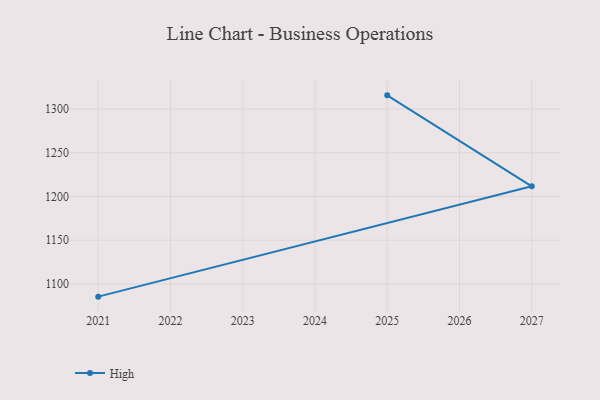
{"axis": {"x": "Year", "y": "Energy Usage (MWh)"}, "legend": ["High"], "data": [{"x": "2025", "y": 1315.7, "type": "High"}, {"x": "2027", "y": 1211.7, "type": "High"}, {"x": "2021", "y": 1085.5, "type": "High"}]}